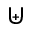
\uplus